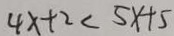
4 x + 2 < 5 x + 5